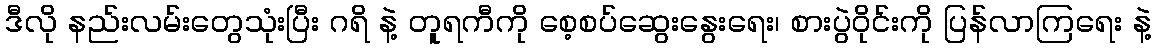
ဒီလို နည်းလမ်းတွေသုံးပြီး ဂရိ နဲ့ တူရကီကို စေ့စပ်ဆွေးနွေးရေး၊ စားပွဲဝိုင်းကို ပြန်လာကြရေး နဲ့